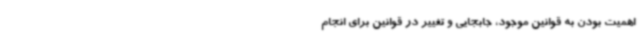
اهمیت بودن به قوانین موجود، جابجایی و تغییر در قوانین برای انجام